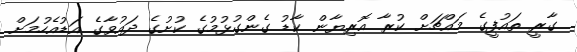
ގާރީ ތައުފީގެ މައްޗަށް ކުރާ އޮރިޔާން ކާޑު ގެންގުޅުމުގެ ކުށުގެ ދައުވާގެ އަޑުއެހުމަށް